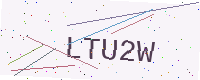
Text: LTU2W